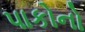
પાકોનો